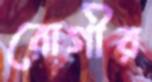
রোগীর